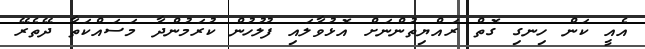
އެއީ ކަން ހިނގި ގޮތް ރައްޔިތުންނަށް އޮޅުވާލައި ފުލުހުން ކުރަމުންދާ މަސައްކަތާ ދޭތެރޭ